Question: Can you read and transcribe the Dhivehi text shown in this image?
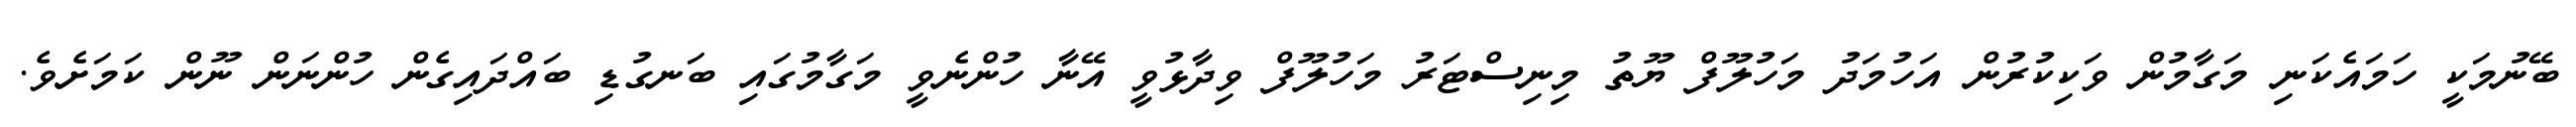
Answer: ބޭނުމަކީ ހަމައެކަނި މަގާމުން ވަކިކުރުން އަހުމަދު މަހުލޫފް ޔޫތު މިނިސްޓަރު މަހުލޫފް ވިދާޅުވީ އޭނާ ހުންނެވީ މަގާމުގައި ބަނގުޑި ބައްދައިގެން ހުންނަން ނޫން ކަމަށެވެ.